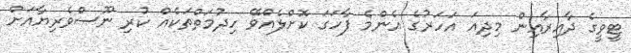
ޓީވީގެ ދާއިރާއިން މިދިއަ އަހަރުގެ އެންމެ ފާހަގަ ކޮށްލެއްވޭ ހިދުމަތްތަކެއް ކުރި ނޫސްވެރިޔާއަށް